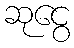
ဆုငွေ